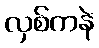
လှစ်ကနဲ